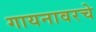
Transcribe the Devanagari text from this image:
गायनावरचे